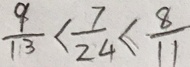
\frac { 9 } { 1 3 } < \frac { 7 } { 2 4 } < \frac { 8 } { 1 1 }